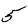
Digit: 5